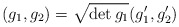
\begin{align*}(g_1,g_2) = \sqrt{\det{g_1}} (g_1',g_2')\end{align*}